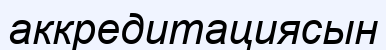
аккредитациясын